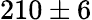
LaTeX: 210\pm 6